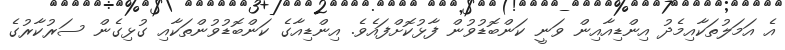
އެ އަމަލުތަކާއިމެދު އިންޑިއާއިން ވަނީ ކަންބޮޑުވުން ފާޅުކޮށްފައެވެ. އިންޑިއާގެ ކަންބޮޑުވުންތަކާއި ގުޅިގެން ސަރުކާރުގެ